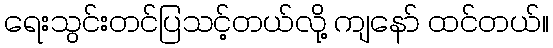
ရေးသွင်းတင်ပြသင့်တယ်လို့ ကျနော် ထင်တယ်။